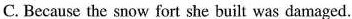
C. Because the snow fort she built was damaged.